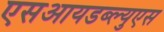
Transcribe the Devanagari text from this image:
एसआयडब्ल्युएस